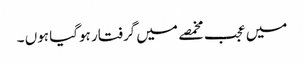
میں عجب مخمصے میں گرفتار ہوگیا ہوں ۔